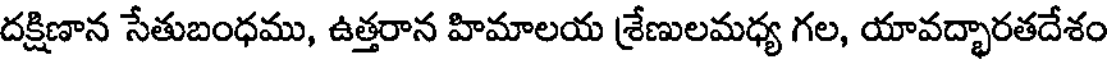
దక్షిణాన సేతుబంధము, ఉత్తరాన హిమాలయ శ్రేణులమధ్య గల, యావద్భారతదేశం